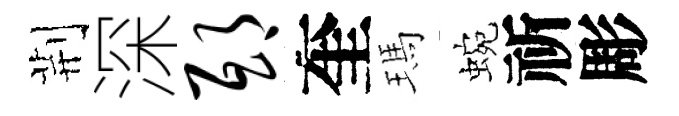
荆深邸奎瑪蜿祈彫